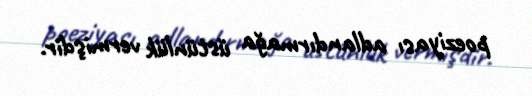
poeziyası adlandırmağa üstünlük vermişdir.